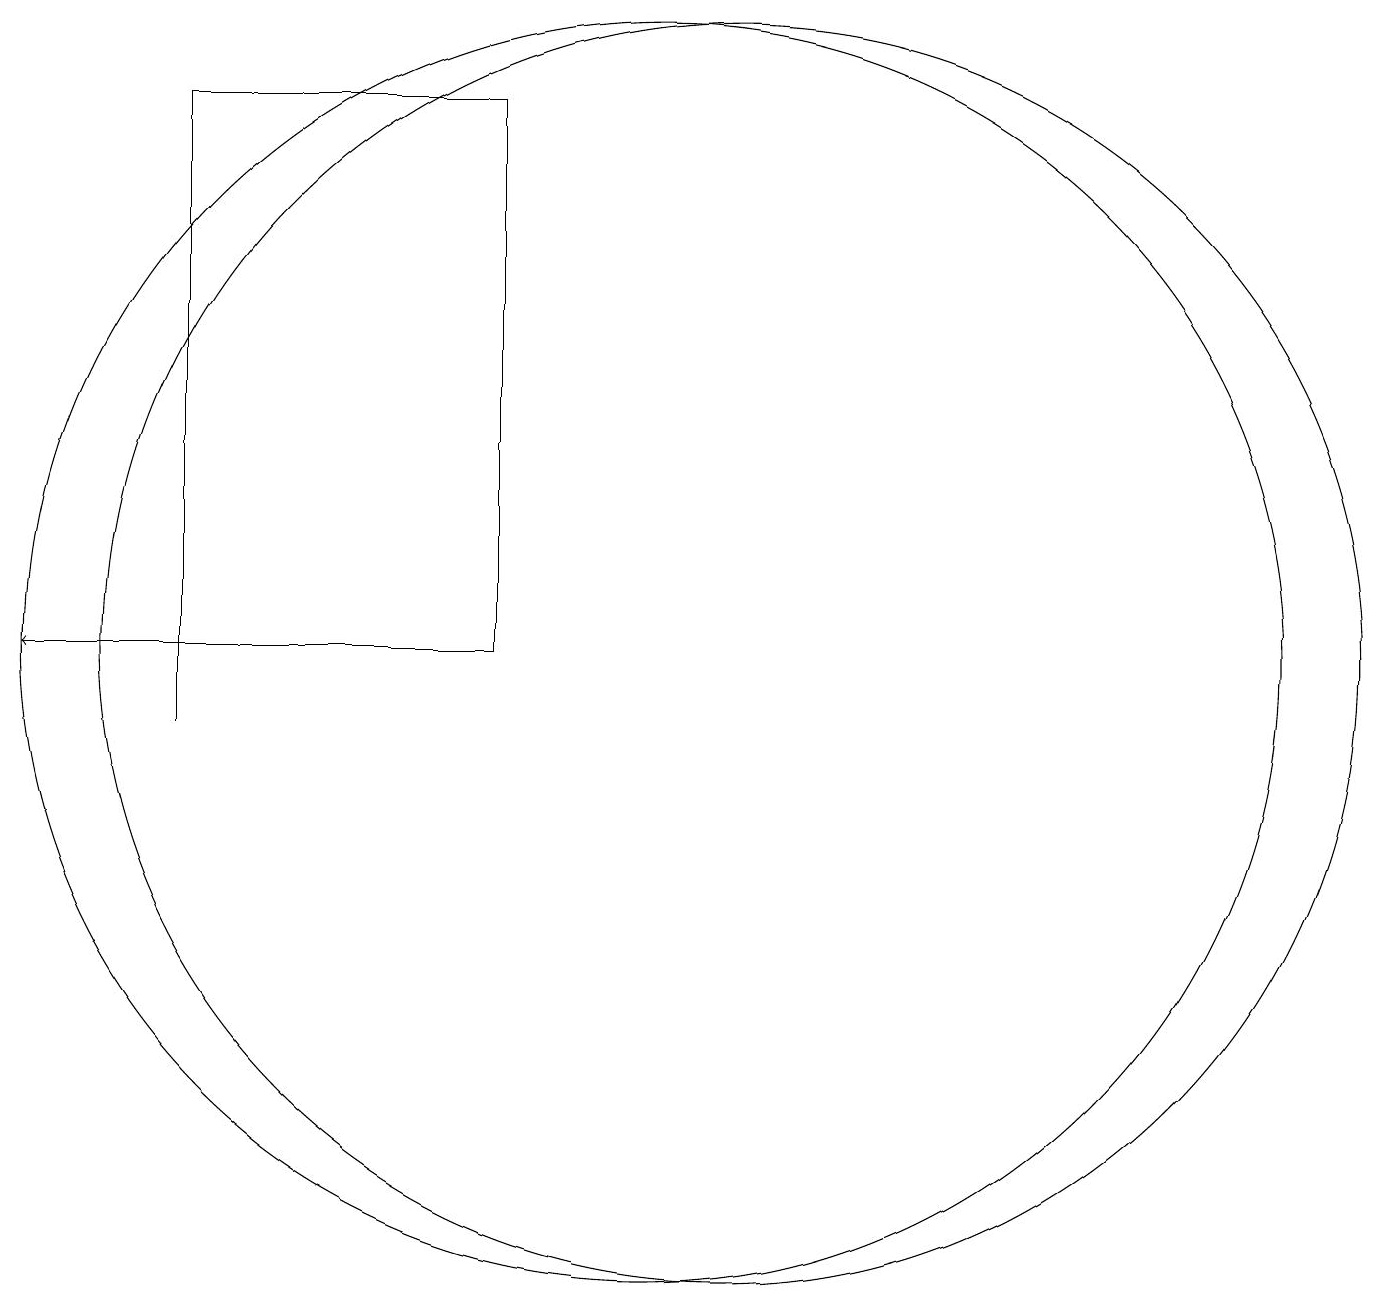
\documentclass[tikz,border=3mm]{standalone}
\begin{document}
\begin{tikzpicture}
\draw[->] (6,11) -- (3,11);
\draw (9,11) rectangle (5,18);
\draw (5,10) rectangle (5,16);
\draw (12,11) circle (8);
\draw (11,11) circle (8);
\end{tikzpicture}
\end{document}